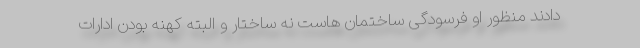
دادند منظور او فرسودگی ساختمان هاست نه ساختار و البته کهنه بودن ادارات